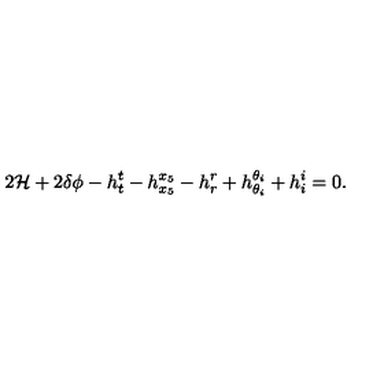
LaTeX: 2 { \cal H } + 2 \delta \phi - h _ { t } ^ { t } - h _ { x _ { 5 } } ^ { x _ { 5 } } - h _ { r } ^ { r } + h _ { \theta _ { i } } ^ { \theta _ { i } } + h _ { i } ^ { i } = 0 .